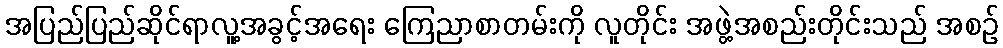
အပြည်ပြည်ဆိုင်ရာလူ့အခွင့်အရေး ကြေညာစာတမ်းကို လူတိုင်း အဖွဲ့အစည်းတိုင်းသည် အစဉ်